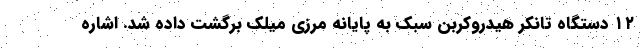
۱۲ دستگاه تانکر هیدروکربن سبک به پایانه مرزی میلک برگشت داده شد. اشاره